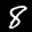
Label: 8